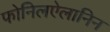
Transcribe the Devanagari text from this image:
फोनिलऐलानिन